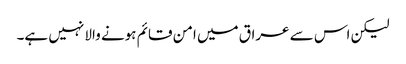
لیکن اس سے عراق میں امن قائم ہونے والا نہیں ہے۔